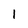
Character: I